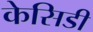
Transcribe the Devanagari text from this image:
केसिडी